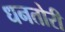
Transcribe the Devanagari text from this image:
धनतोरी